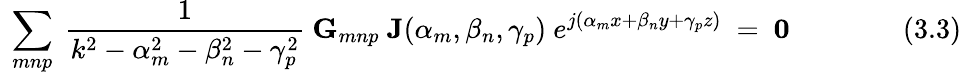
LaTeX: ~\sum_{mnp}~{\frac{1}{k^{2}-\alpha_{m}^{2}-\beta_{n}^{2}-\gamma_{p}^{2}}}~\mathbf{G}_{mnp}~\mathbf{J}(\alpha_{m},\beta_{n},\gamma_{p})~e^{j(\alpha_{m}x+\beta_{n}y+\gamma_{p}z)}~=~\mathbf{0}~~~~~~~~~~~~~~~~(3.3)